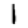
Digit: 1